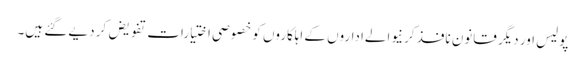
پولیس اور دیگر قانون نافذ کرنیوالےاداروں کے اہلکاروں کو خصوصی اختیارات تفویض کر دیے گئے ہیں۔